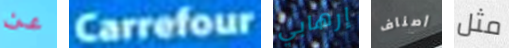
عن Carrefour إرهابي أصناف مثل